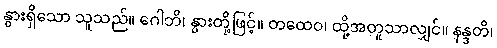
နွားရှိသော သူသည်။ ဂေါဘိ၊ နွားတို့ဖြင့်။ တထေဝ၊ ထို့အတူသာလျှင်။ နန္ဒတိ၊